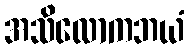
အသိလောကဘယံ